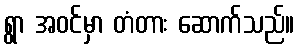
ရွာ အဝင်မှာ တံတား ဆောက်သည်။